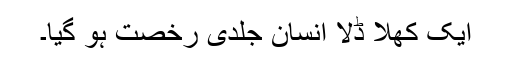
ایک کھلا ڈلا انسان جلدی رخصت ہو گیا۔